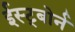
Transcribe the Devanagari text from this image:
ईस्ट्बोर्न